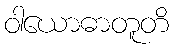
ဝါယောဓာတူတိ